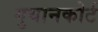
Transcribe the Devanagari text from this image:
गुयानकोर्ट